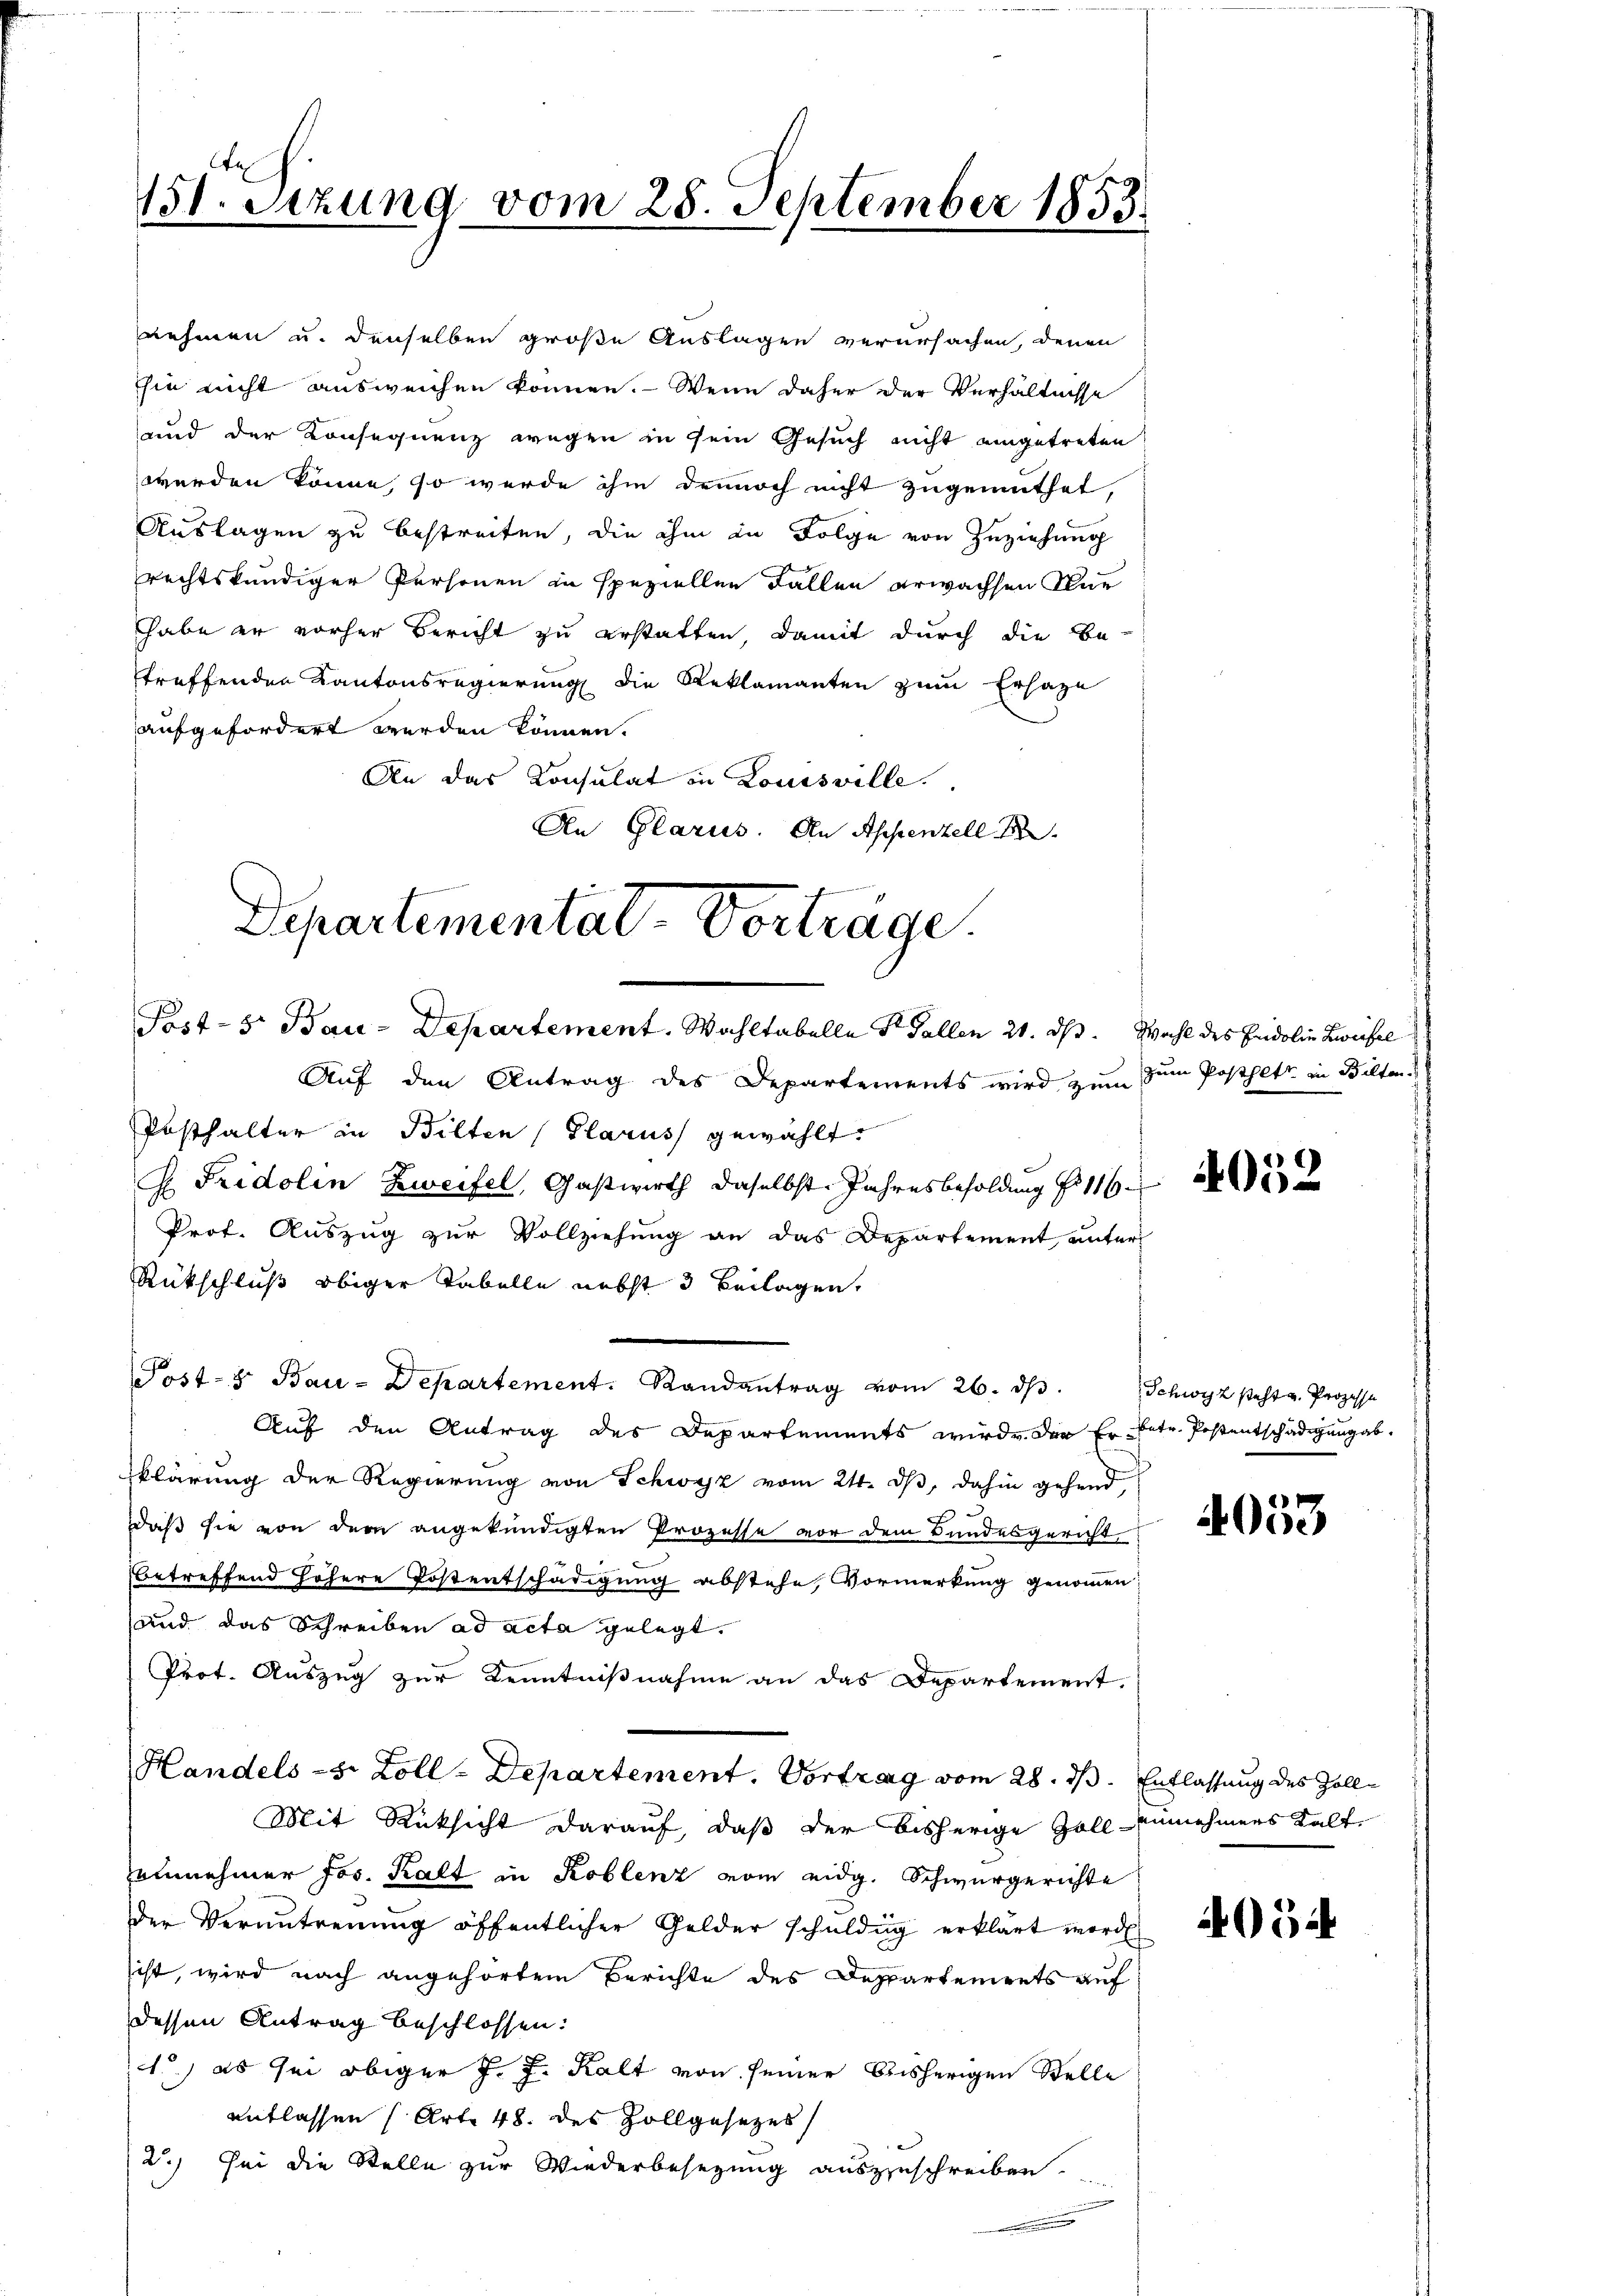
151. Sizung vom 28. September 1853.

nehmen u. denselben große Auslagen verursachen, denen
hie nicht ausweichen können. – Wenn daher der Verhältnisse
und der Konsequenz wegen in sein Gesuch nicht eingetreten
werden könne, so wurde ihm dennoch nicht zugemuthet,
Auslagen zu bestreiten, die ihm in Folge von Zuziehung
rechtskundiger Personen in speziellen Fallen erwachsen Nur
habe er vorher Bericht zu erstatten, damit durch die Be-
treffenden Kantonsregierung die Reklamanten zum Erhage
aufgefordert werden können.
An das Konsulat in Louisville.
An Glarus. An Appenzell A.
Departemental-Vorträge.

Post- 5. Bau-Departement. Wahltabelle S. Gallen 21. ds. Wahl des Eidolin Zweifel

Auf den Antrag des Departements wird zum
Posthalter in Bilten (Glarus gewählt.
G. Fridolin Zweifel, Gastwirth daselbst. Jahresbesoldung No 116
Prof. Auszug zur Vollziehung an das Departement, unter
Rückschluß obiger Tabelle nebst 3 Beilagen,
Auf den Antrag des Departements wird der Er betr. Postentschädigung abklärung der Regierung von Schwyz vom 24. ds, dahin gehend,

daß sie von dem angekündigten Prozesse vor dem Bundesgericht,
betreffend höhere Kostentschädigung abstehe, Vormerkung genommen
und das Schreiben ad acta gelegt.
Prot. Auszug zur Kenntnißnahme an das Departement.
Handels-S. Zoll-Departement. Vortrag vom 28. ds. Entlassung des Zoll¬
Mit Rücksicht darauf, daß der bisherige Zoll-Einnehmers Kalteinnehmer Jos. Kalt in Koblenz vom eidg. Schwurgerichte
der Verantreuung öffentlicher Gelder schuldig erklärt worde
sist, wird nach angehörtem Berichte des Deppartements auf
dessen Antrag beschlossen:
1.) es sei obiger J. J. Kalt von seiner bisherigen Stelle
entlassen (Art. 48. des Zollgesezes
2.) Sei die Stelle zur Wiederbesezung auszuschreiben

Post- & Bau-Departement. Randantrag vom 26. dβ. Schwyz steht und Prozesse

zum Posthett in Bilten.

4053

4054